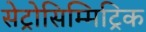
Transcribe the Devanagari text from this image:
सेट्रोसिम्मिट्रिक